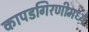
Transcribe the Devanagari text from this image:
कापडगिरणीमध्ये